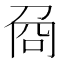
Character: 𠱛